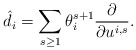
\begin{align*}\hat{d}_i = \sum_{s\geq1} \theta_i^{s+1} \frac{\partial }{\partial u^{i,s}} .\end{align*}